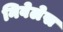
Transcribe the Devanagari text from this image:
निवेलेस